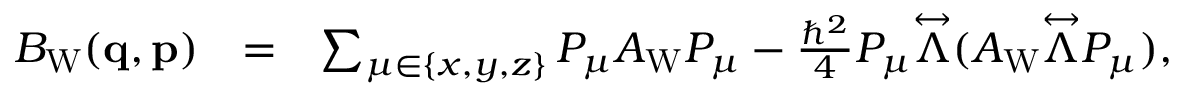
\begin{array} { r l r } { B _ { \mathrm { W } } ( \ensuremath { \mathbf { q } } , \ensuremath { \mathbf { p } } ) } & { = } & { \sum _ { \mu \in \{ x , y , z \} } P _ { \mu } A _ { \mathrm { W } } P _ { \mu } - \frac { \hbar ^ { 2 } } { 4 } P _ { \mu } \overset \leftrightarrow { \Lambda } ( A _ { \mathrm { W } } \overset \leftrightarrow { \Lambda } P _ { \mu } ) , } \end{array}